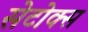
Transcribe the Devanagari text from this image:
सेटोक्स